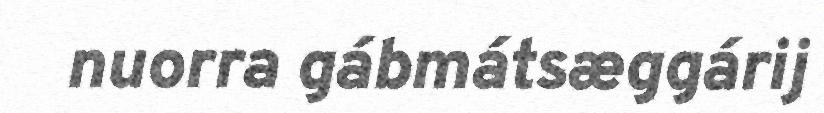
nuorra gábmátsæggárij